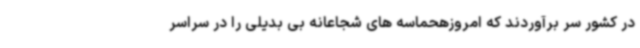
در کشور سر برآوردند که امروزهحماسه های شجاعانه بی بدیلی را در سراسر